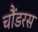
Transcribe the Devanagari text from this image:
चौंडरस